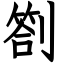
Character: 劄